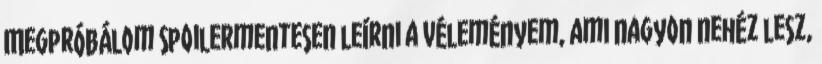
Megpróbálom spoilermentesen leírni a véleményem, ami nagyon nehéz lesz,